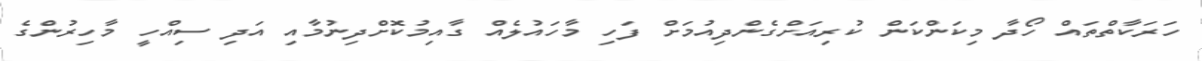
ހަރަކާތްތައް ހޯދާ މިކަންކަން ކުރިއަށްގެންދިއުމަށް ފަހި މާހައުލެއް ގާއިމުކޮށްދިނުމާއި އަދި ސިއްހީ މާހިރުންގެ